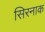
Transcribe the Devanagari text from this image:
सिरनाक